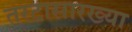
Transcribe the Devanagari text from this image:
तरटासारख्या